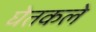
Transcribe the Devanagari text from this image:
घेतकले